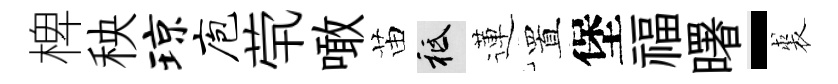
椑秧琼庖茕噉苗祇蓮置堡福曙-裘